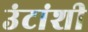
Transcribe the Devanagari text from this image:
उंटांशी